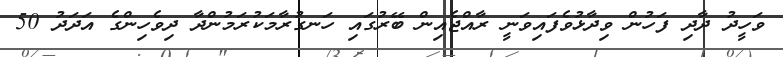
ވަހީދު ދާދި ފަހުން ވިދާޅުވެފައިވަނީ ރާއްޖެއިން ބޭރުގައި ހަނގުރާމަކުރަމުންދާ ދިވެހިންގެ އަދަދު 50